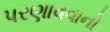
પરણાવવાનો